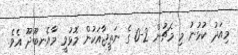
މިއަދު ކުޅުނު މި މެޗުން 2-0 ގެ ނަތީޖާއަކުން މޮޅުވީ މާއެނބޫދޫ އެވެ.